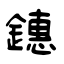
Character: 鏸